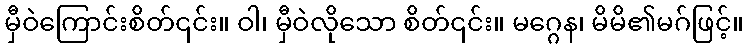
မှီဝဲကြောင်းစိတ်၎င်း။ ဝါ၊ မှီဝဲလိုသော စိတ်၎င်း။ မဂ္ဂေန၊ မိမိ၏မဂ်ဖြင့်။